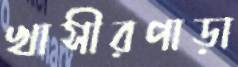
খাসীরপাড়া